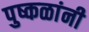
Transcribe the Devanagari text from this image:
पुष्कळांनी